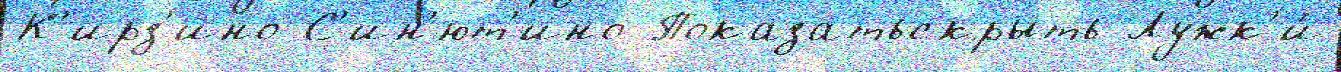
К'ирз'ино С'ин'ют'ино Показатьскрыть Лужк'и́